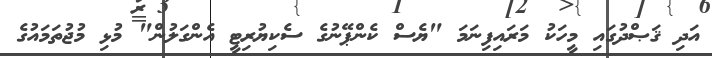
އަދި ޤަޞްދުގައި މީހަކު މަރައިފިނަމަ "ޔެސް ކެންޕޭނުގެ ސެކިޔުރިޓީ އެންގަލުން" މުޅި މުޖުތަމައުގެ